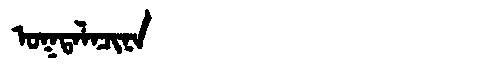
Manchu: ᠣᡴᡨᠠᠯᠠᠴᡳᠨᠠ
Romanization: OKTALACINA